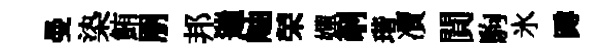
曼𣑱鮪朋邦遄岫荣嬋剞瑎凟閴駒氷蹲